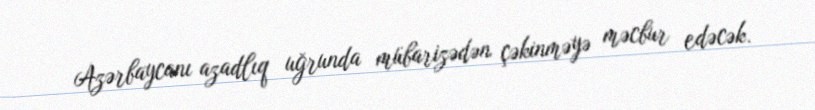
Azərbaycanı azadlıq uğrunda mübarizədən çəkinməyə məcbur edəcək.